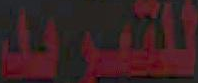
للتبريد